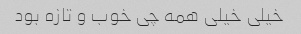
خیلی خیلی همه چی خوب و تازه بود